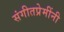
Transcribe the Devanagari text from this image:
संगीतप्रेमींनी